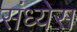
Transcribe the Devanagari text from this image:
संध्येस